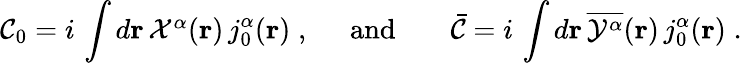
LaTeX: {\cal C}_{0}=i\, \int d{\mathbf{r}}\, {\textstyle{\cal X}^{\alpha}}({\mathbf r})\, j_{0}^{\alpha}({\mathbf r})\; ,\; \; \; \; \; \mathrm{and}\; \; \; \; \; \; \; {\bar{\cal C}}=i\, \int d{\mathbf{r}}\, \overline{{{{\cal Y}^{\alpha}}}}({\mathbf r})\, j_{0}^{\alpha}({\mathbf r})\; .